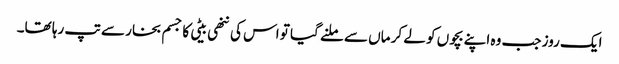
ایک روز جب وہ اپنے بچوں کو لے کر ماں سے ملنے گیا تو اس کی ننھی بیٹی کا جسم بخار سے تپ رہا تھا۔